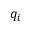
q _ { i }